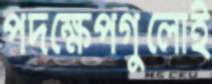
পদক্ষেপগুলোই